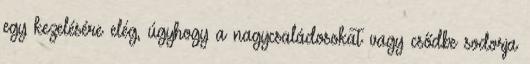
egy kezelésére elég, úgyhogy a nagycsaládosokat vagy csődbe sodorja